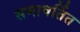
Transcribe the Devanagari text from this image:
समावर्तित